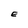
Character: E